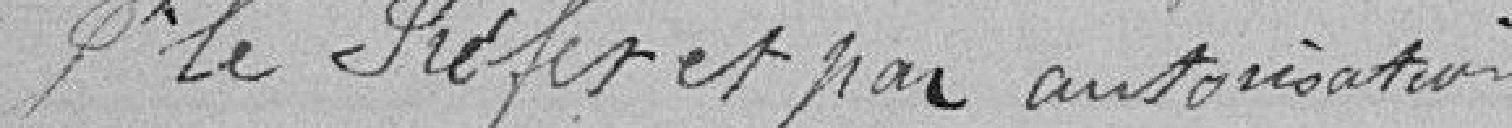
Le Préfet et par autorisation